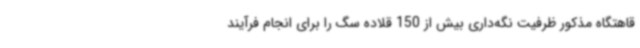
قاهتگاه مذکور ظرفیت نگه‌داری بیش از 150 قلاده سگ را برای انجام فرآیند